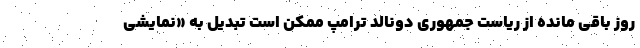
روز باقی مانده از ریاست جمهوری دونالد ترامپ ممکن است تبدیل به «نمایشی